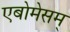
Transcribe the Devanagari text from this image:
एबोमेसम्